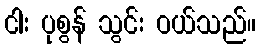
ငါး ပုစွန် သွင်း ဝယ်သည်။